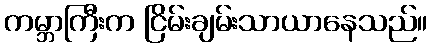
ကမ္ဘာကြီးက ငြိမ်းချမ်းသာယာနေသည်။